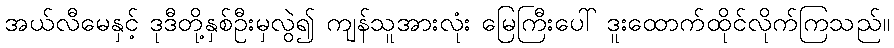
အယ်လီမေနှင့် ဒုဒီတို့နှစ်ဦးမှလွဲ၍ ကျန်သူအားလုံး မြေကြီးပေါ် ဒူးထောက်ထိုင်လိုက်ကြသည်။